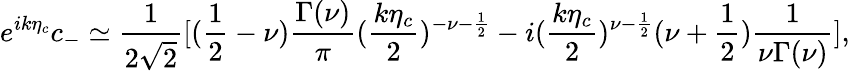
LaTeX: e^{ik\eta_{c}}c_{-}\simeq\frac{1}{2\sqrt{2}}[(\frac{1}{2}-\nu)\frac{\Gamma(\nu)}{\pi}(\frac{k\eta_{c}}{2})^{-\nu-\frac{1}{2}}-i(\frac{k\eta_{c}}{2})^{\nu-\frac{1}{2}}(\nu+\frac{1}{2})\frac{1}{\nu\Gamma(\nu)}],